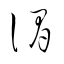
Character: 謂